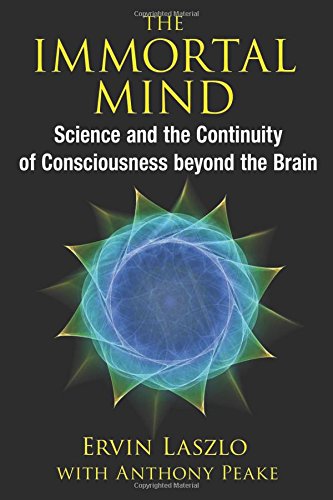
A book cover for The Immortal Mind: Science and the Continuity of Consciousness beyond the Brain; Ervin Laszlo; Religion & Spirituality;